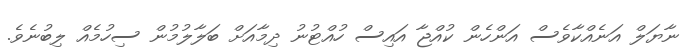
ނާޔަލް އަނެއްކާވެސް އަންހެން ކުއްޖާ އައިސް ހުއްޓުނު ދިމާއަށް ބަލާލުމުން ސިހުމެއް ލިބުނެވެ.